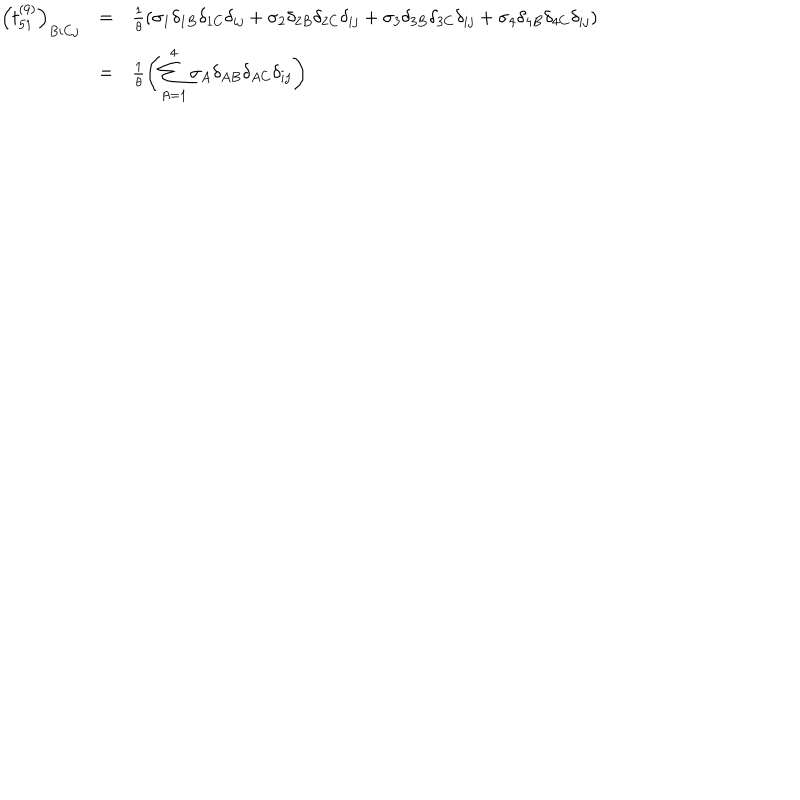
LaTeX: \begin{array} { c c l } { { \left( t _ { 5 1 } ^ { ( 9 ) } \right) _ { B i C j } } } & { { = } } & { { \frac { 1 } { \theta } \left( \sigma _ { 1 } \delta _ { 1 B } \delta _ { 1 C } \delta _ { i j } + \sigma _ { 2 } \delta _ { 2 B } \delta _ { 2 C } \delta _ { i j } + \sigma _ { 3 } \delta _ { 3 B } \delta _ { 3 C } \delta _ { i j } + \sigma _ { 4 } \delta _ { 4 B } \delta _ { 4 C } \delta _ { i j } \right) } } \\ { { } } & { { = } } & { { \frac { 1 } { \theta } \left( \displaystyle \sum _ { A = 1 } ^ { 4 } \sigma _ { A } \delta _ { A B } \delta _ { A C } \delta _ { i j } \right) } } \\ \end{array}